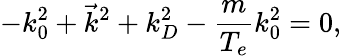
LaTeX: -k_{0}^{2}+{\vec{k}}^{2}+k_{D}^{2}-{\frac{m}{T_{e}}}k_{0}^{2}=0,